Annual report of the Central Committee of the Association together with the report of the directors of the Pasteur Institute at Kasauli
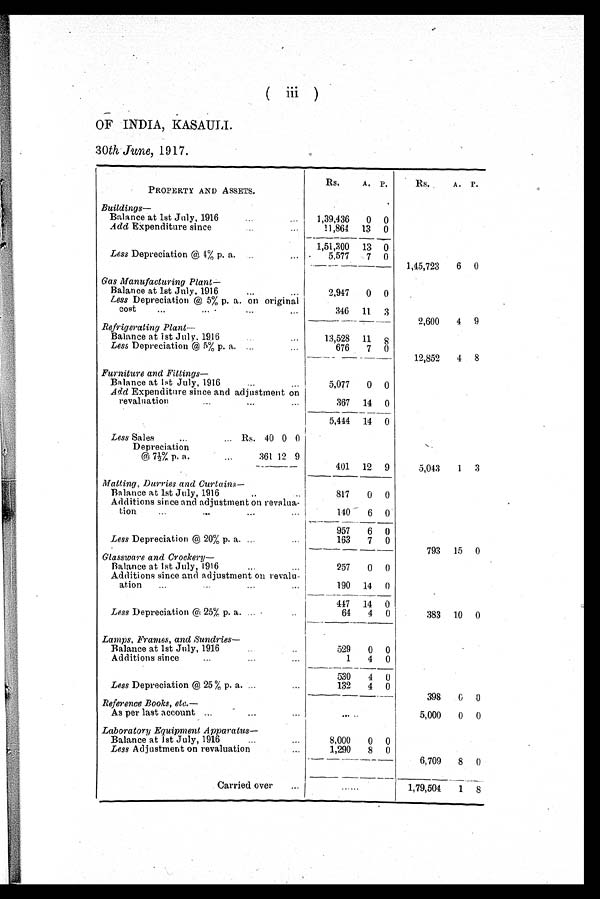
(
iii )
OF INDIA, KASAULI.
30th June, 1917.
PROPERTY AND ASSETS.
Rs.
A, p,
Rs.
A. P.
Buildings
Balance at 1st July, 1916
1,39,436
0
0
Add Expenditure since
11,864
13
0
1,51,300
13 0
Less Depreciation @4% p. a.
... •
5,577
7
0
1,45,723
6
0
Gas Manufacturing Plant—
Balance at 1st July. 1916...
2,947
0
0
Less Depreciation @ 5% p. a. on original
cost
...
......
346
11
3
2,600
4
Refrigerating Plant--
Balance at 1st July. 1916
..
.
13,528
11
g
Less Depreciation @ 5% p. a....
676
7
0
— - — -----
12,852
4
8
Furniture and Fittings
Balance at 1st July, 1916. ..
5,077
0
0
Add Expenditure since and adjustment on
revaluation...
...
...
367
14
0
5,444
14
0
Less Sales... ...
Rs. 40 0 0
Depreciation
@ 7½% p. a
.
3 6 1 12 9
---------
401
12
9
5,043
1
3
Matting, Darries and Curtains
Balance at let July, 1916..
..
817
0
0
Additions since and adjustment on revalua-
tion
...
...
...
...
140
6
0
.t.---_____
957
6
0
Less Depreciation @ 20% p. a.
163
7
0
793
15
0
Glassware and Crockery
Balance at let July, 1916...
...
257
0
0
Additions since and adjustment on revalu-
...
...
ation...
14
0
447
14
0
Less Depreciation @ 25% p. a...
64
4
0
383
10
0
Lamps, Frames, and Sundries
Balance at 1st July, 1916.•
529
0
0
Additions since...
4
0
530
4
0
Less Depreciation @ 25 % p. a. ...•••
132
4
0
----
.....
398
0
0
Reference Books, etc.
As per last account ...
•••
i
5,000
0
1)
Laboratory Equipment Apparatus
Balance at 1st July, 1916...
8,000
0
0
Less Adjustment on revaluation
1,290
8
0
—
6,709
8
0
Carried over
......
--
1,79,504
1
---
8